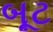
બૂટ